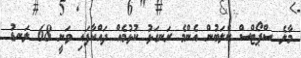
މާލެ ސްޕޯޓްސް ކްލަބުން އެންމެ ރަނގަޅު ކުޅުމެއް ދައްކާފައި ވަނީ 68 ލަނޑު